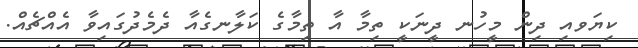
ކިޔަވއި ދިން މީހުނ ދީނަކީ ތިމާ އާ ތިމާގެ ކަލާނގެއާ ދެމެދުގައިވާ އެއްޗެއް.